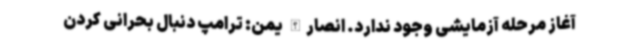
آغاز مرحله آزمایشی وجود ندارد. انصارالله یمن: ترامپ دنبال بحرانی کردن